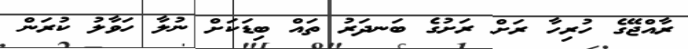
ރާއްޖޭގެ ހުރިހާ ރަށް ރަށުގެ ބަނދަރު ތައް ބިޑަކަށް ނުލާ ހަވާލު ކުރަން